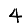
Digit: 4